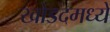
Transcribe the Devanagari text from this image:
खोडदमध्ये